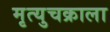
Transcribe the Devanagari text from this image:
मृत्युचक्राला